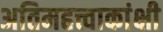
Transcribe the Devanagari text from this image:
अतिमहत्त्वाकांक्षी